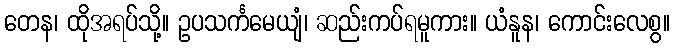
တေန၊ ထိုအရပ်သို့။ ဥပသင်္ကမေယျံ၊ ဆည်းကပ်ရမူကား။ ယံနူန၊ ကောင်းလေစွ။